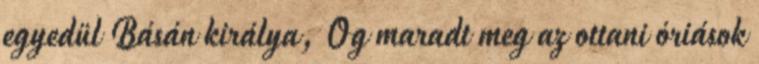
egyedül Básán királya, Og maradt meg az ottani óriások